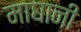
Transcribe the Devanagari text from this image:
माघानी